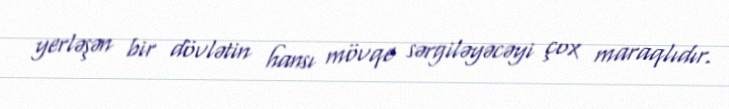
yerləşən bir dövlətin hansı mövqe sərgiləyəcəyi çox maraqlıdır.